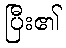
ပြီး၏